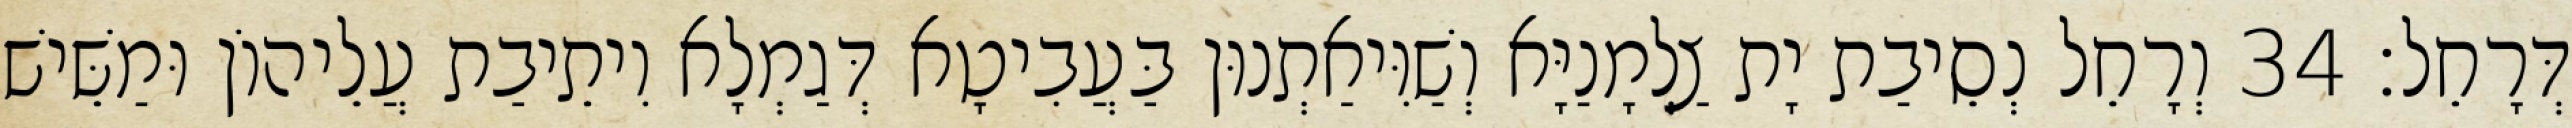
דְּרָחֵל׃ 34 וְרָחֵל נְסֵיבַת יָת צַלְמָנַיָּא וְשַׁוִּיאַתְנוּן בַּעֲבִיטָא דְּגַמְלָא וִיתֵיבַת עֲלֵיהוֹן וּמַשֵּׁישׁ